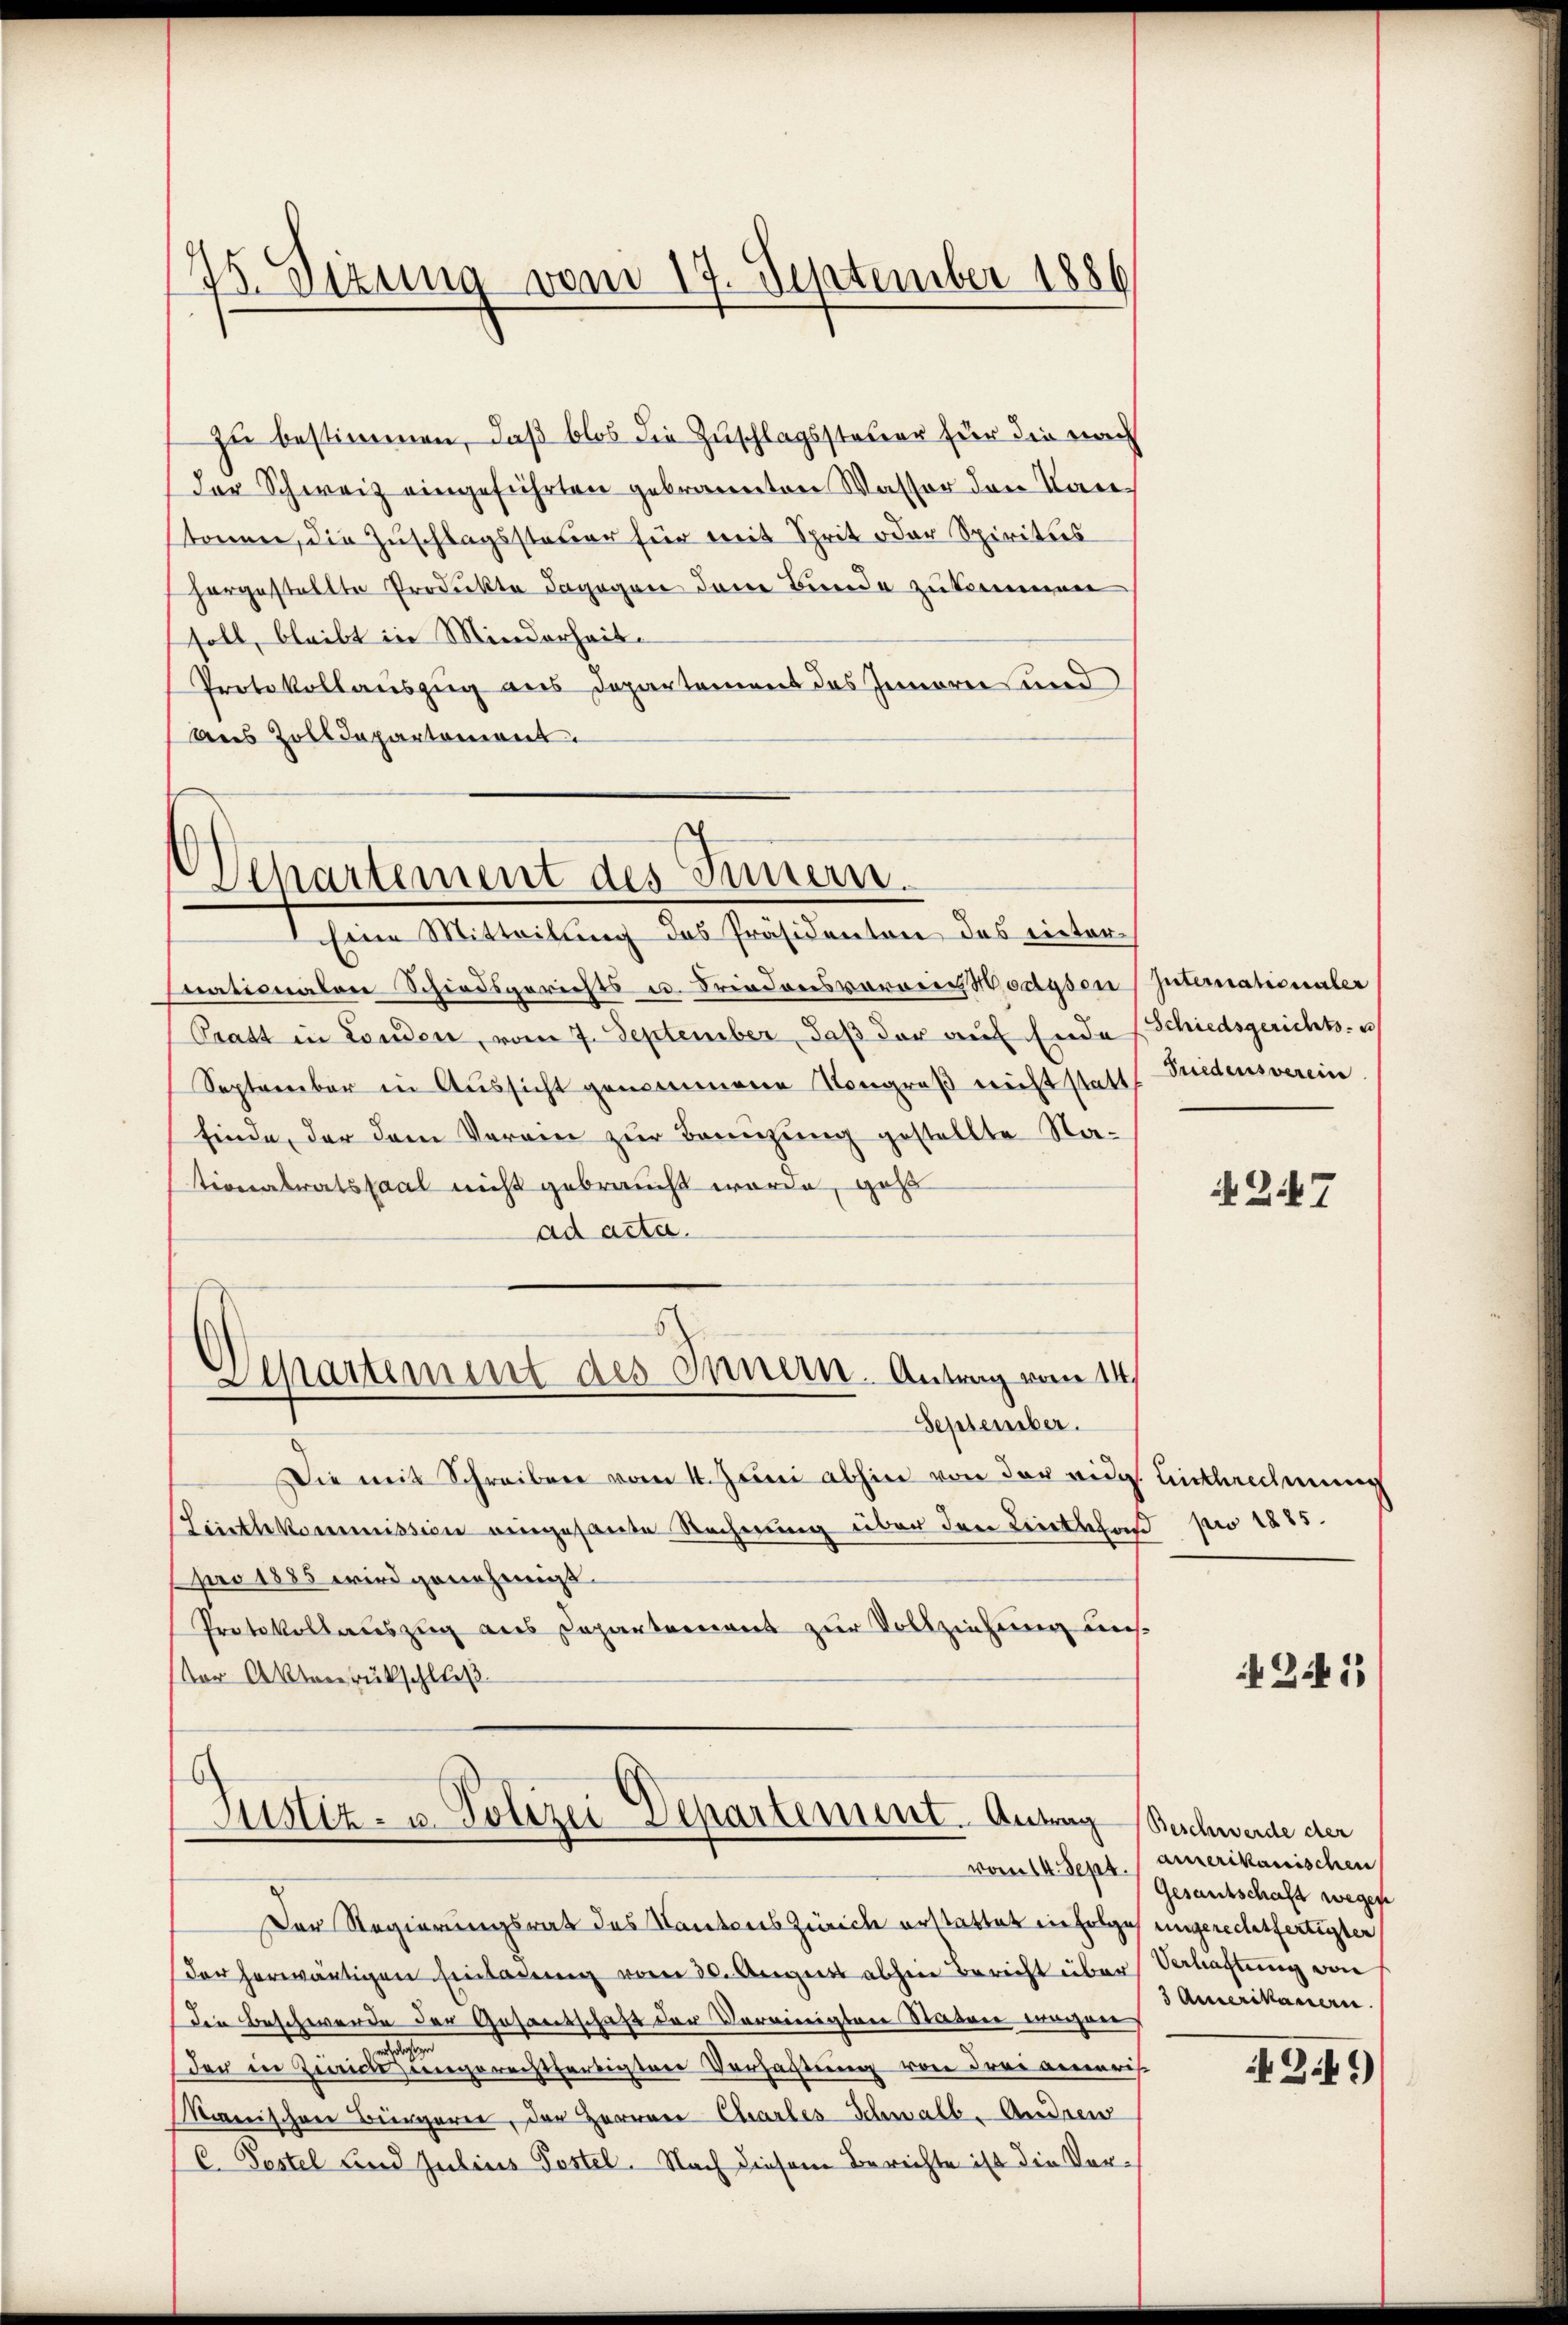
25. Sizung vom 17. September 1886

zu bestimmen, daß blos die Zuschlagssteuer für die nach
der Schweiz eingeführten gebrannten Wasser den Kantonnen, die Zuschlagssteuer für mit Sprit oder Spiritis
hergestellte Produkte dagegen dem Bunde zukommen
soll, bleibt in Minderheit
Protokollauszug aus Departement des Innerei und
Dees Zolldepartement.

Departement des Innern.

Eine Mitteilung des Präsidenten des einternationalen Schiedsgerichts u. Friedensvorang Wodyson
Pratt in Londen, vom 7. September, daß der auf Ende
September in Aussicht genommene Kongreß nicht statt
finde, der dem Verein zur Benuzung gestellte Nationalratssaal nicht gebraucht wurde, geht
ad acta.
Separtement des Innern. Antrag vom 14.
September.
Die mit Schreiben vom 4. Juni abhin von der wide
Linthkommission eingesante Rechnung über den Leitschend pro 1885.
pro 1885 wird genehmigt.
Protokollauszug aus Departement zur Vollziehung uns.
Vor Aktenrückschluß

Justiz- u. Polizei Departement. Antrag Nachwerde der

Internationaler
Schiedsgerichts- u
Siedensverein

Der Regierungsrath des Kantons Zürich erstattet in Folge eingerechtfertigten
der herwärtigen Einladung vom 20. August abhin Bericht über Schaftung von
die Beschwerde der Gesantschaft der Vereinigten Statur wegen,
Der in Zürich eingerechtfertigten Verhaltung von drei anneris
Maanischen Bürgerer, der Herren Charles-Schwalb- Andren
C. Pestel und Julius Postel. Nach diesem Berichte ist die Vor¬

247

Anthrechnung

if. 241)

vom 14. Sept. / amerikanischen
Gesamtschaft wegen
3 Amerikanern.

2.4.)